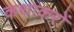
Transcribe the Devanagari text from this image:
कथाकरों